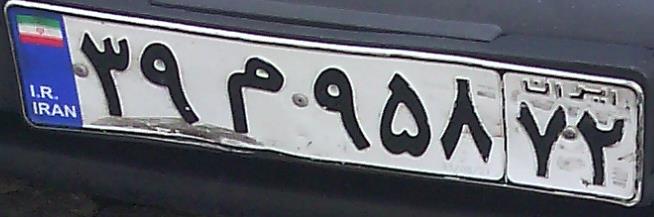
۳۹م۹۵۸۷۲